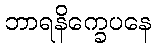
ဘာရနိက္ခေပနေ